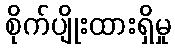
စိုက်ပျိုးထားရှိမှု